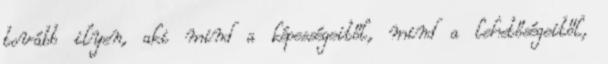
tovább ilyen, aki mind a képességeitől, mind a lehetőségeitől,